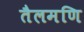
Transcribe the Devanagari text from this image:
तैलमणि